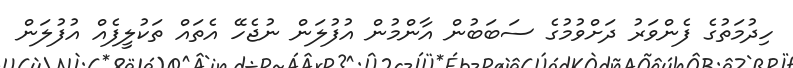
ހިދުމަތުގެ ފެންވަރު ދަށްވުމުގެ ސަބަބުން އާންމުން އުފުލަން ނުޖެހޭ އެތައް ތަކުލީފެއް އުފުލަން